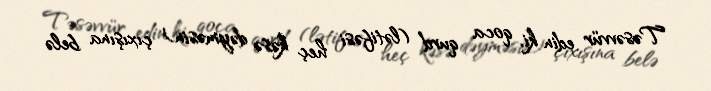
Təsəvvür edin ki, qoca qurd (lətifəsi heç kəsə dəyməsin) çıxışına belə